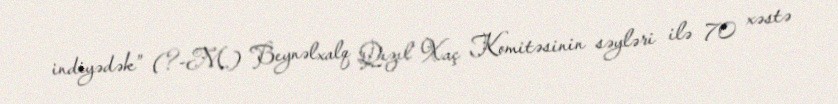
indiyədək” (?-M.) Beynəlxalq Qızıl Xaç Komitəsinin səyləri ilə 70 xəstə